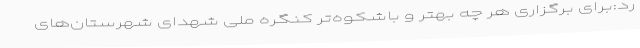
رد:برای برگزاری هر چه بهتر و باشکوه‌تر کنگره ملی شهدای شهرستان‌های